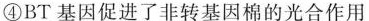
④BT 基因促进了非转基因棉的光合作用